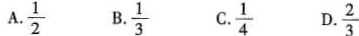
A.\frac{1}{2}